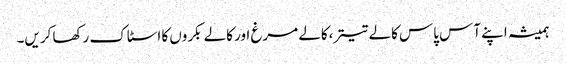
ہمیشہ اپنے آس پاس کالے تیتر،کالے مرغ اور کالے بکروں کا اسٹاک رکھا کریں۔